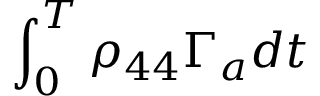
\int _ { 0 } ^ { T } \rho _ { 4 4 } \Gamma _ { a } d t